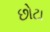
છોટા